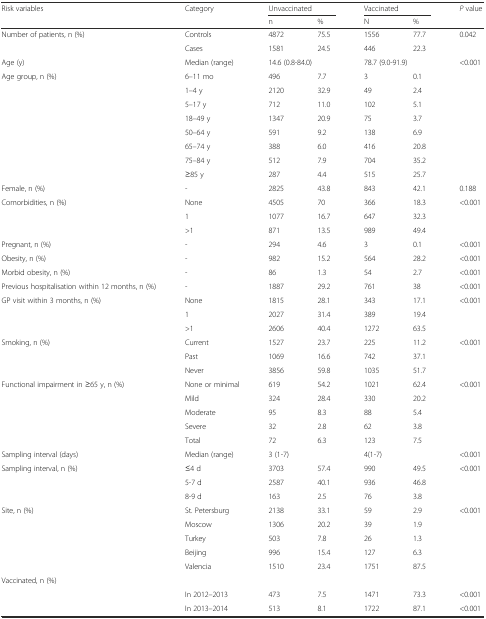
<table><thead><tr><td rowspan="2"><b>Risk variables</b></td><td rowspan="2"><b>Category</b></td><td colspan="2"><b>Unvaccinated</b></td><td colspan="2"><b>Vaccinated</b></td><td rowspan="2"><b><i>P</i> value</b></td></tr><tr><td><b>n</b></td><td><b>%</b></td><td><b>N</b></td><td><b>%</b></td></tr></thead><tbody><tr><td>Number of patients, n (%)</td><td>Controls</td><td>4872</td><td>75.5</td><td>1556</td><td>77.7</td><td>0.042</td></tr><tr><td></td><td>Cases</td><td>1581</td><td>24.5</td><td>446</td><td>22.3</td><td></td></tr><tr><td>Age (y)</td><td>Median (range)</td><td colspan="2">14.6 (0.8-84.0)</td><td colspan="2">78.7 (9.0-91.9)</td><td>&lt;0.001</td></tr><tr><td>Age group, n (%)</td><td>6–11 mo</td><td>496</td><td>7.7</td><td>3</td><td>0.1</td><td></td></tr><tr><td></td><td>1–4 y</td><td>2120</td><td>32.9</td><td>49</td><td>2.4</td><td></td></tr><tr><td></td><td>5–17 y</td><td>712</td><td>11.0</td><td>102</td><td>5.1</td><td></td></tr><tr><td></td><td>18–49 y</td><td>1347</td><td>20.9</td><td>75</td><td>3.7</td><td></td></tr><tr><td></td><td>50–64 y</td><td>591</td><td>9.2</td><td>138</td><td>6.9</td><td></td></tr><tr><td></td><td>65–74 y</td><td>388</td><td>6.0</td><td>416</td><td>20.8</td><td></td></tr><tr><td></td><td>75–84 y</td><td>512</td><td>7.9</td><td>704</td><td>35.2</td><td></td></tr><tr><td></td><td>≥85 y</td><td>287</td><td>4.4</td><td>515</td><td>25.7</td><td></td></tr><tr><td>Female, n (%)</td><td>-</td><td>2825</td><td>43.8</td><td>843</td><td>42.1</td><td>0.188</td></tr><tr><td>Comorbidities, n (%)</td><td>None</td><td>4505</td><td>70</td><td>366</td><td>18.3</td><td>&lt;0.001</td></tr><tr><td></td><td>1</td><td>1077</td><td>16.7</td><td>647</td><td>32.3</td><td></td></tr><tr><td></td><td>&gt;1</td><td>871</td><td>13.5</td><td>989</td><td>49.4</td><td></td></tr><tr><td>Pregnant, n (%)</td><td>-</td><td>294</td><td>4.6</td><td>3</td><td>0.1</td><td>&lt;0.001</td></tr><tr><td>Obesity, n (%)</td><td>-</td><td>982</td><td>15.2</td><td>564</td><td>28.2</td><td>&lt;0.001</td></tr><tr><td>Morbid obesity, n (%)</td><td>-</td><td>86</td><td>1.3</td><td>54</td><td>2.7</td><td>&lt;0.001</td></tr><tr><td>Previous hospitalisation within 12 months, n (%)</td><td>-</td><td>1887</td><td>29.2</td><td>761</td><td>38</td><td>&lt;0.001</td></tr><tr><td>GP visit within 3 months, n (%)</td><td>None</td><td>1815</td><td>28.1</td><td>343</td><td>17.1</td><td>&lt;0.001</td></tr><tr><td></td><td>1</td><td>2027</td><td>31.4</td><td>389</td><td>19.4</td><td></td></tr><tr><td></td><td>&gt;1</td><td>2606</td><td>40.4</td><td>1272</td><td>63.5</td><td></td></tr><tr><td>Smoking, n (%)</td><td>Current</td><td>1527</td><td>23.7</td><td>225</td><td>11.2</td><td>&lt;0.001</td></tr><tr><td></td><td>Past</td><td>1069</td><td>16.6</td><td>742</td><td>37.1</td><td></td></tr><tr><td></td><td>Never</td><td>3856</td><td>59.8</td><td>1035</td><td>51.7</td><td></td></tr><tr><td>Functional impairment in ≥65 y, n (%)</td><td>None or minimal</td><td>619</td><td>54.2</td><td>1021</td><td>62.4</td><td>&lt;0.001</td></tr><tr><td></td><td>Mild</td><td>324</td><td>28.4</td><td>330</td><td>20.2</td><td></td></tr><tr><td></td><td>Moderate</td><td>95</td><td>8.3</td><td>88</td><td>5.4</td><td></td></tr><tr><td></td><td>Severe</td><td>32</td><td>2.8</td><td>62</td><td>3.8</td><td></td></tr><tr><td></td><td>Total</td><td>72</td><td>6.3</td><td>123</td><td>7.5</td><td></td></tr><tr><td>Sampling interval (days)</td><td>Median (range)</td><td colspan="2">3 (1-7)</td><td colspan="2">4(1-7)</td><td>&lt;0.001</td></tr><tr><td>Sampling interval, n (%)</td><td>≤4 d</td><td>3703</td><td>57.4</td><td>990</td><td>49.5</td><td>&lt;0.001</td></tr><tr><td></td><td>5-7 d</td><td>2587</td><td>40.1</td><td>936</td><td>46.8</td><td></td></tr><tr><td></td><td>8-9 d</td><td>163</td><td>2.5</td><td>76</td><td>3.8</td><td></td></tr><tr><td>Site, n (%)</td><td>St. Petersburg</td><td>2138</td><td>33.1</td><td>59</td><td>2.9</td><td>&lt;0.001</td></tr><tr><td></td><td>Moscow</td><td>1306</td><td>20.2</td><td>39</td><td>1.9</td><td></td></tr><tr><td></td><td>Turkey</td><td>503</td><td>7.8</td><td>26</td><td>1.3</td><td></td></tr><tr><td></td><td>Beijing</td><td>996</td><td>15.4</td><td>127</td><td>6.3</td><td></td></tr><tr><td></td><td>Valencia</td><td>1510</td><td>23.4</td><td>1751</td><td>87.5</td><td></td></tr><tr><td colspan="7">Vaccinated, n (%)</td></tr><tr><td></td><td>In 2012–2013</td><td>473</td><td>7.5</td><td>1471</td><td>73.3</td><td>&lt;0.001</td></tr><tr><td></td><td>In 2013–2014</td><td>513</td><td>8.1</td><td>1722</td><td>87.1</td><td>&lt;0.001</td></tr></tbody></table>